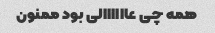
همه چی عاااااالی بود ممنون